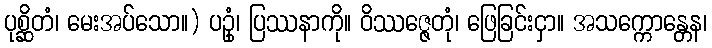
ပုစ္ဆိတံ၊ မေးအပ်သော။) ပဥှံ၊ ပြဿနာကို။ ဝိဿဇ္ဇေတုံ၊ ဖြေခြင်းငှာ။ အသက္ကောန္တေန၊